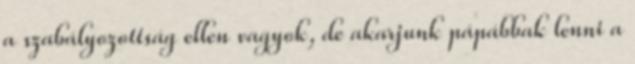
a szabályozottság ellen vagyok, de akarjunk pápábbak lenni a